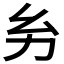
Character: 𢆲